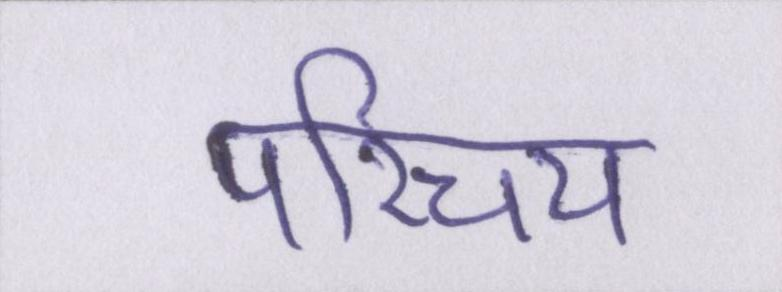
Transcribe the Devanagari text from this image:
परिचय